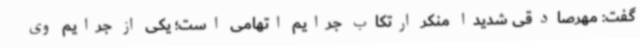
گفت: مهرصادقی شدیدا منکر ارتکاب جرایم اتهامی است؛ یکی از جرایم وی